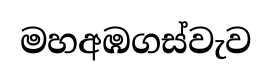
මහඅඹගස්වැව